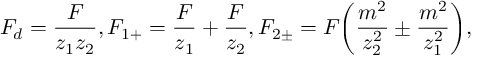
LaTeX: F _ { d } = \frac { F } { z _ { 1 } z _ { 2 } } , F _ { 1 + } = \frac { F } { z _ { 1 } } + \frac { F } { z _ { 2 } } , F _ { 2 \pm } = F \biggl ( \frac { m ^ { 2 } } { z _ { 2 } ^ { 2 } } \pm \frac { m ^ { 2 } } { z _ { 1 } ^ { 2 } } \biggr ) ,